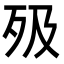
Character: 𣧉